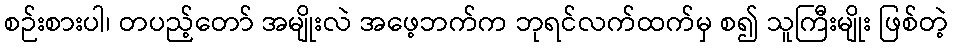
စဉ်းစားပါ၊ တပည့်တော် အမျိုးလဲ အဖေ့ဘက်က ဘုရင်လက်ထက်မှ စ၍ သူကြီးမျိုး ဖြစ်တဲ့